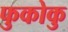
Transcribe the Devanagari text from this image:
फुकोकु